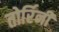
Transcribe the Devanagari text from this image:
तोर्रिनी